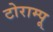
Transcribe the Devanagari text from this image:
टोराम्पू